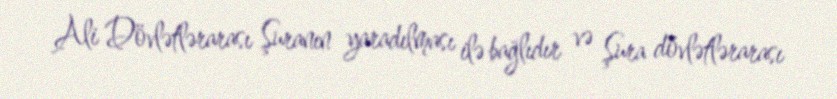
Ali Dövlətlərarası Şuranın yaradılması ilə bağlıdır və Şura dövlətlərarası